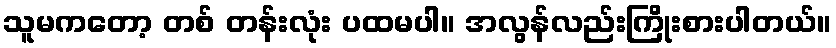
သူမကတော့ တစ် တန်းလုံး ပထမပါ။ အလွန်လည်းကြိုးစားပါတယ်။